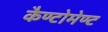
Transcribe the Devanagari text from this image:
कैण्‍टोमेण्‍ट